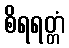
စိရရတ္တံ